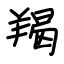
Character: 羯